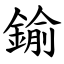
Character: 鍮